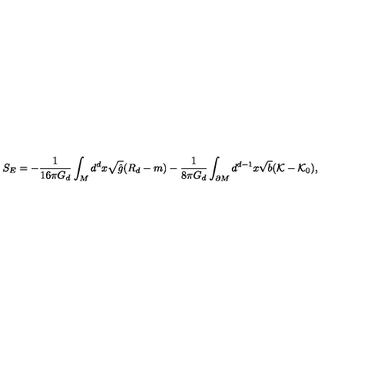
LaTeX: S _ { E } = - \frac { 1 } { 1 6 \pi G _ { d } } \int _ { M } d ^ { d } x \sqrt { \hat { g } } ( R _ { d } - m ) - \frac { 1 } { 8 \pi G _ { d } } \int _ { \partial M } d ^ { d - 1 } x \sqrt { b } ( { \cal { K } } - { \cal { K } } _ { 0 } ) ,